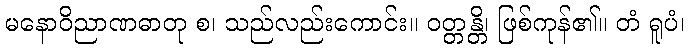
မနောဝိညာဏဓာတု စ၊ သည်လည်းကောင်း။ ဝတ္တန္တိ၊ ဖြစ်ကုန်၏။ တံ ရူပံ၊